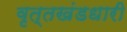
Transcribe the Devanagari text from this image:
वृत्तखंडधारी